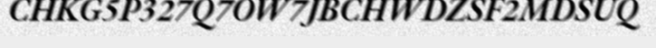
CHKG5P327Q7OW7JBCHWDZSF2MDSUQ